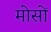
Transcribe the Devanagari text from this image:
मोसों